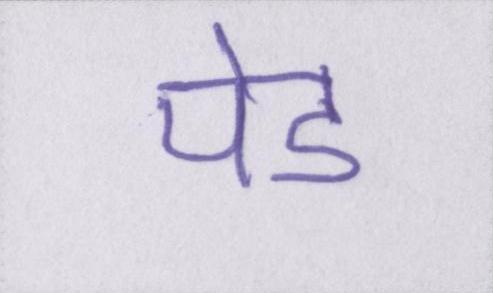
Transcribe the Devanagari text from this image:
पेड